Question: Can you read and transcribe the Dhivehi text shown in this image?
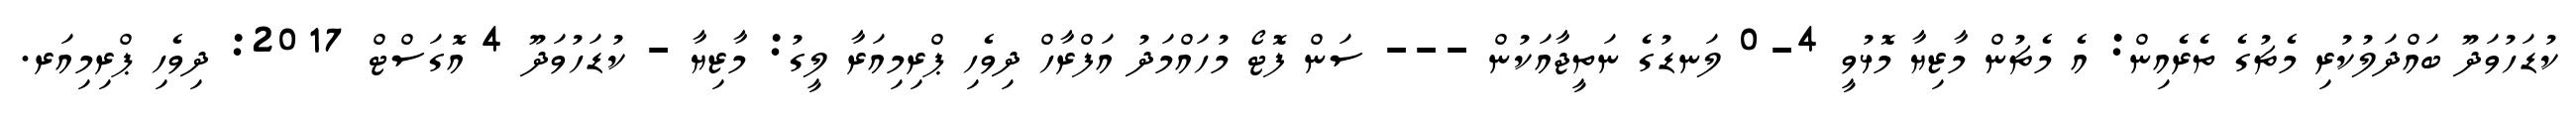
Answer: ކުޑަހުވަދޫ ބައްދަލުކުރި މެޗުގެ ތެރެއިން: އެ މެޗުން މާޒިޔާ މޮޅުވީ 4-0 ލަނޑުގެ ނަތީޖާއަކުން --- ސަން ފޮޓޯ މުހައްމަދު އަފްރާހް ދިވެހި ޕްރިމިއަރާ ލީގު: މާޒިޔާ - ކުޑަހުވަދޫ 4 އޮގަސްޓް 2017: ދިވެހި ޕްރިމިއަރ.